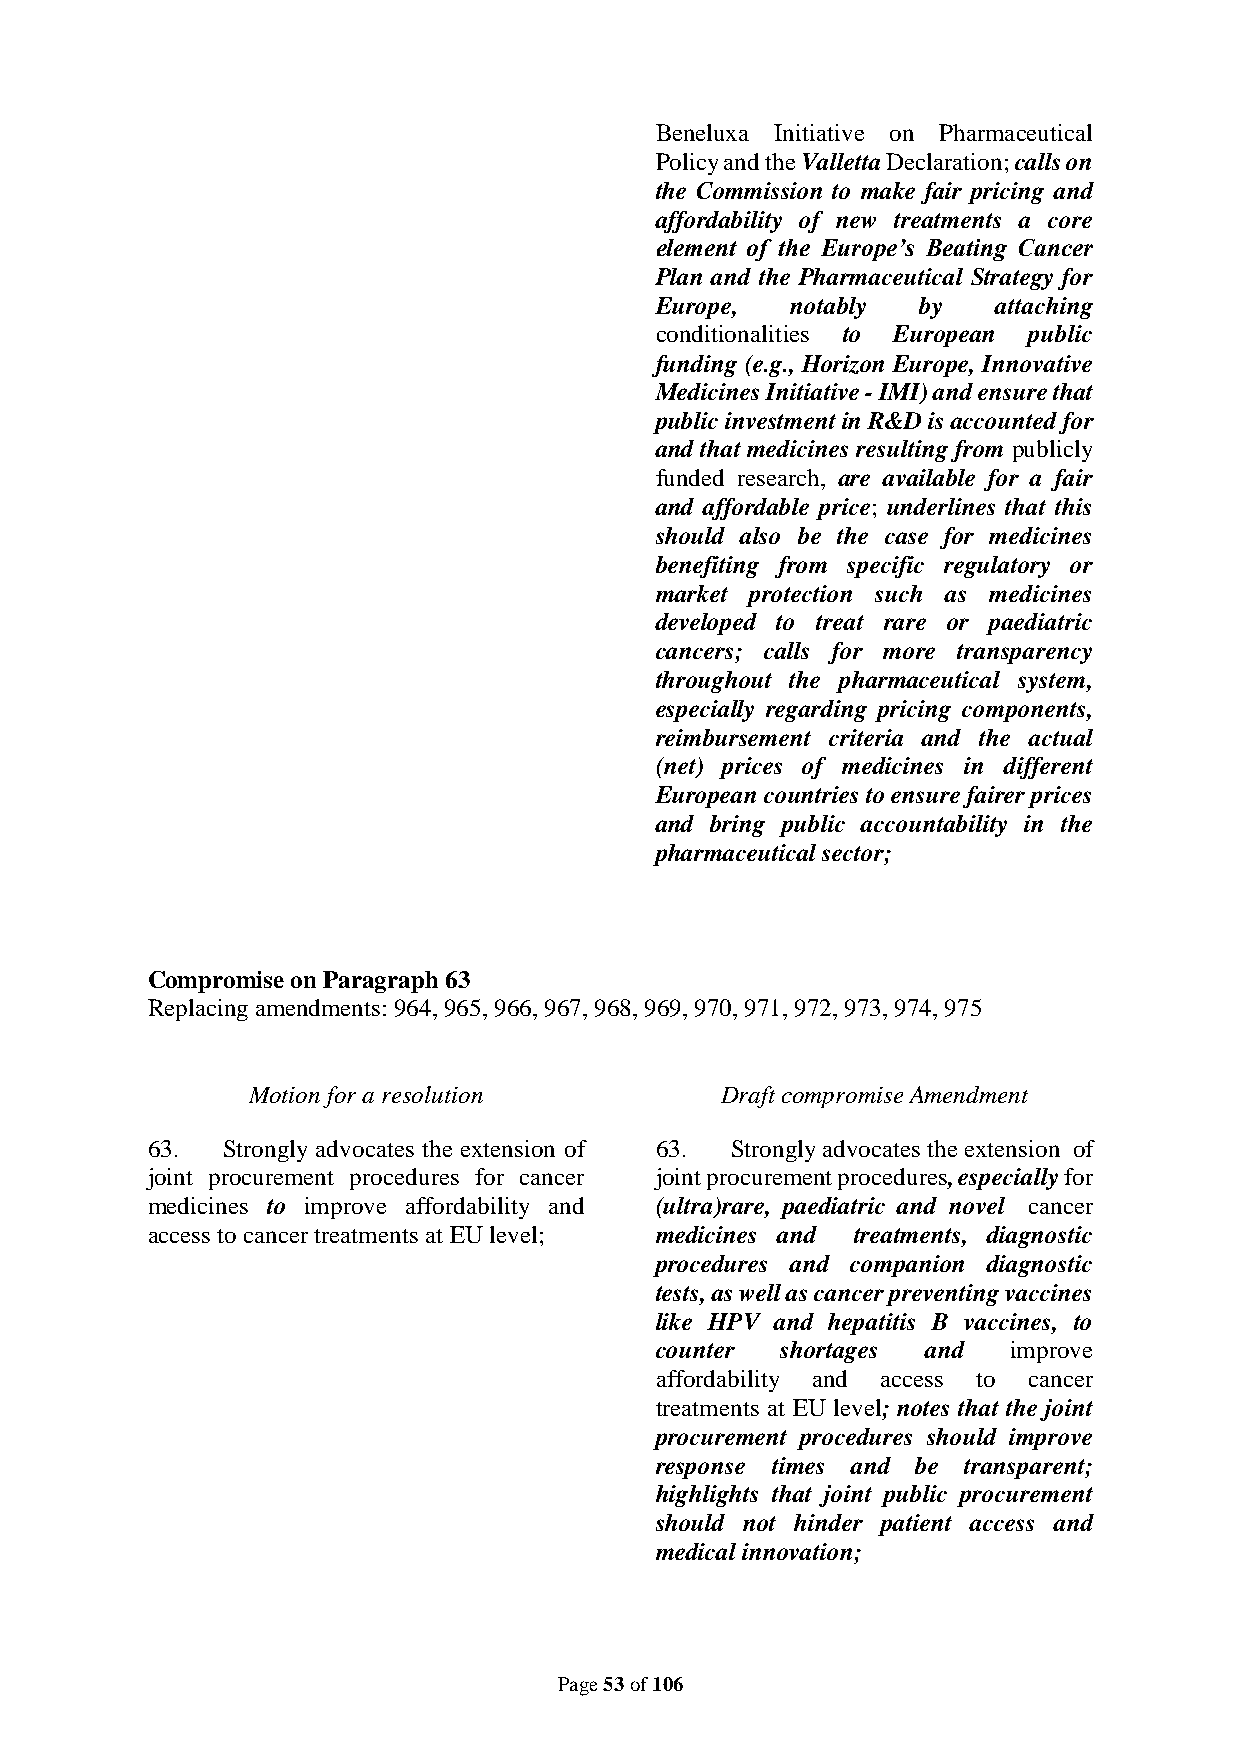
Beneluxa Initiative on Pharmaceutical
 Policy and the Valletta Declaration; calls on
 the Commission to make fair pricing and
 affordability of new treatments a core
 element of the Europe’s Beating Cancer
 Plan and the Pharmaceutical Strategy for
 Europe,  notably  by   attaching
 conditionalities to European public
 funding (e.g., Horizon Europe, Innovative
 Medicines Initiative - IMI) and ensure that
 public investment in R&D is accounted for
 and that medicines resulting from publicly
 funded research, are available for a fair
 and affordable price; underlines that this
 should also be the case for medicines
 benefiting from specific regulatory or
 market protection such as medicines
 developed to treat rare or paediatric
 cancers; calls for more transparency
 throughout the pharmaceutical system,
 especially regarding pricing components,
 reimbursement criteria and the actual
 (net) prices of medicines in different
 European countries to ensure fairer prices
 and bring public accountability in the
 pharmaceutical sector;
 Compromise on Paragraph 63
 Replacing amendments: 964, 965, 966, 967, 968, 969, 970, 971, 972, 973, 974, 975
 Motion for a resolution         Draft compromise Amendment
 63.  Strongly advocates the extension of 63. Strongly advocates the extension of
 joint procurement procedures for cancer joint procurement procedures, especially for
 medicines to improve affordability and (ultra)rare, paediatric and novel cancer
 access to cancer treatments at EU level; medicines and treatments, diagnostic
 procedures and companion diagnostic
 tests, as well as cancer preventing vaccines
 like HPV and hepatitis B vaccines, to
 counter  shortages and  improve
 affordability and access to cancer
 treatments at EU level; notes that the joint
 procurement procedures should improve
 response times and be transparent;
 highlights that joint public procurement
 should not hinder patient access and
 medical innovation;
 Page 53 of 106